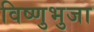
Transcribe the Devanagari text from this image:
विष्णुभुजा